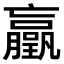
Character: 𫢃